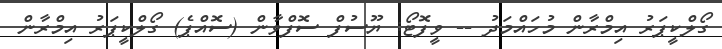
ގޯލްކީޕަރު އިމްރާން މުހައްމަދު -- ވީފޮޓޯ: ޔޫސުފް ސޮފްވާން (ސޮއްޕެ) ގޯލްކީޕަރު އިމްރާން